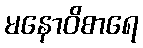
မနောဝိစာရေ